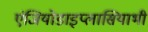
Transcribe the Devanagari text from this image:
एंजियोडाइप्लासियाभी